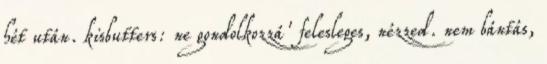
hét után. kisbutters: ne gondolkozzá' felesleges, nézzed. nem bántás,